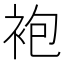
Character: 袍